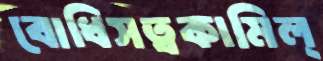
বোধিসত্বকামিল্